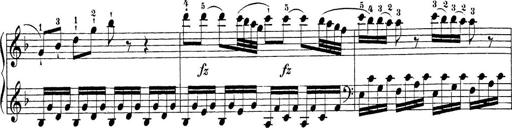
Title: Sonatina Album
Composer: Louis KÃ¶hler